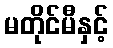
မတိုင်မီနှင့်